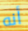
أنه